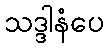
သဒ္ဒါနံပေ